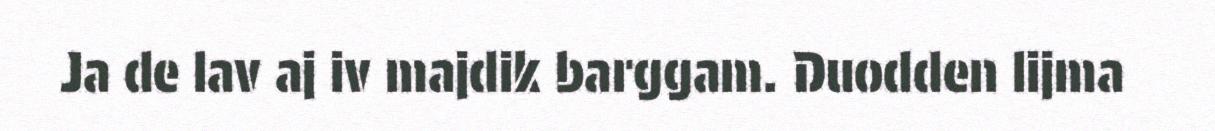
Ja de lav aj iv majdik barggam. Duodden lijma